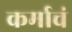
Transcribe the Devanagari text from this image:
कर्माचं